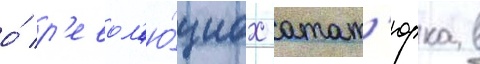
о́ р'евол'ю́циах атат'юрка в